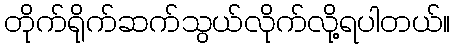
တိုက်ရိုက်ဆက်သွယ်လိုက်လို့ရပါတယ်။